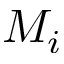
M _ { i }